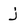
Character: j